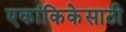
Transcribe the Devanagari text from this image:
एकांकिकेसाठी